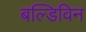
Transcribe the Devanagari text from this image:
बल्डिविन